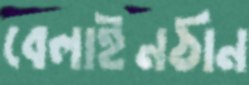
বেলাইনঠান